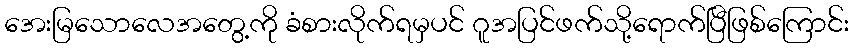
အေးမြသောလေအတွေ့ကို ခံစားလိုက်ရမှပင် ဂူအပြင်ဖက်သို့ရောက်ပြီဖြစ်ကြောင်း